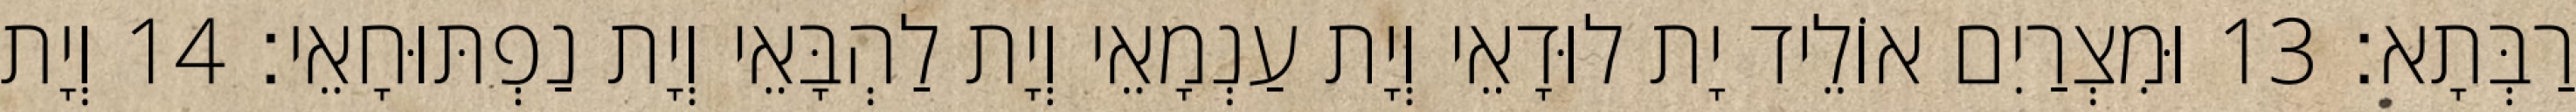
רַבְּתָא׃ 13 וּמִצְרַיִם אוֹלֵיד יָת לוּדָאֵי וְיָת עַנְמָאֵי וְיָת לַהְבָּאֵי וְיָת נַפְתּוּחָאֵי׃ 14 וְיָת